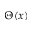
\Theta ( x )